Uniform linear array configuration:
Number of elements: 64
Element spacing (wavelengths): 0.25
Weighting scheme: binomial
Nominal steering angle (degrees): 30
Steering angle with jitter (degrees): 29.224
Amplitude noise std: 0.05
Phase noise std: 0.05

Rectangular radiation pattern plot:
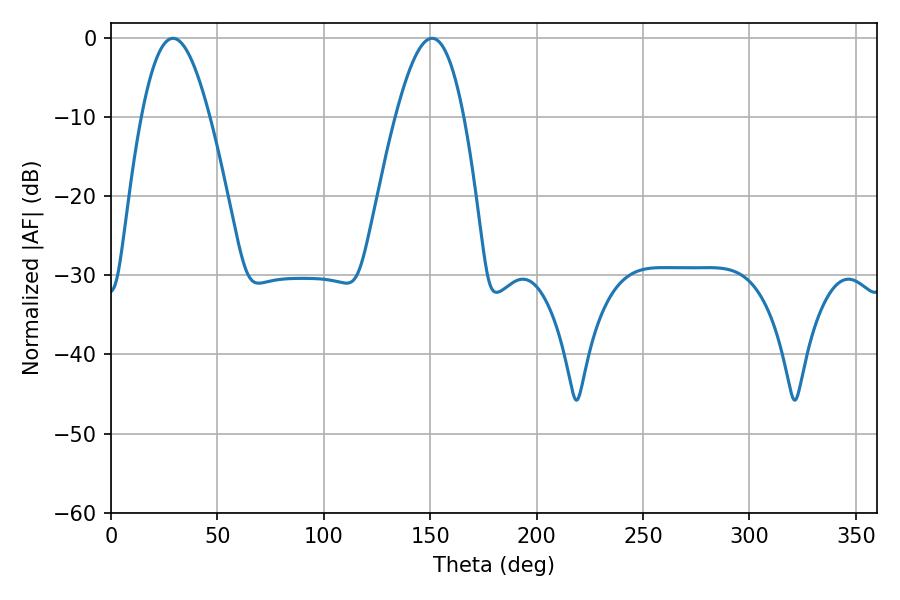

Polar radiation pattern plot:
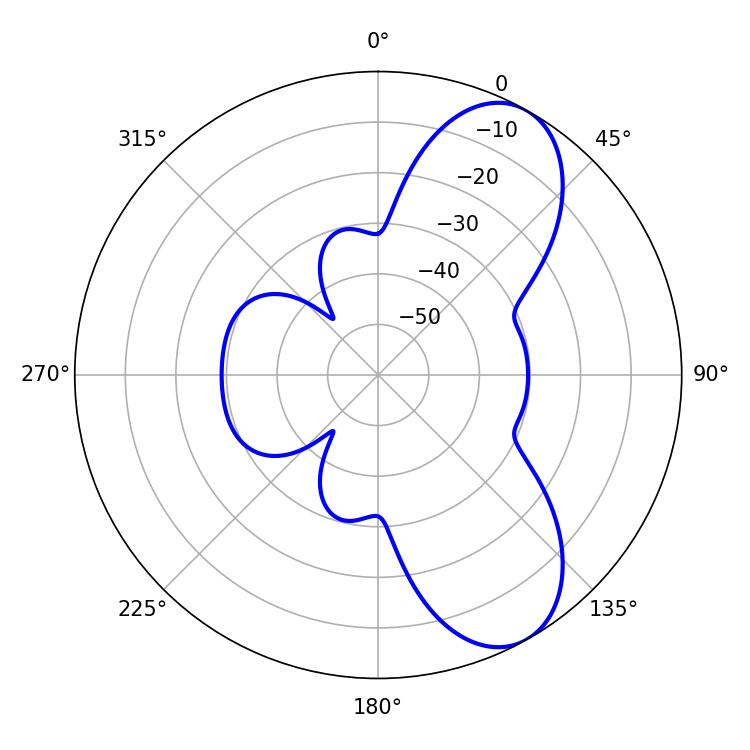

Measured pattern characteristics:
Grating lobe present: FALSE
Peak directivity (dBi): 7.911
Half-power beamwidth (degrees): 17.28
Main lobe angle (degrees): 29.16